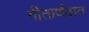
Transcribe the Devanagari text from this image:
गीतार्णवात